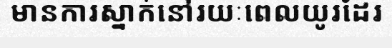
មានការស្នាក់នៅរយៈពេលយូរដែរ